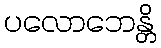
ပလောဘေန္တိ